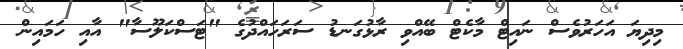
މިދިޔަ އަހަރުވެސް ނައިޓް މާކެޓް ބޭއްވި ރާޅުގަނޑު ސަރަހައްދުގެ "ޓަސްކަލޫސާ" އާއި ހަމައިން